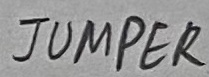
Text: JUMPER